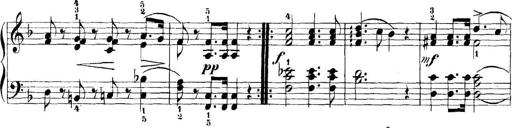
Title: 11 Sonatinas
Composer: Anton Diabelli